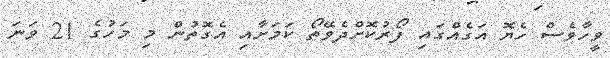
ވީހާވެސް ހެޔޮ އަގެއްގައި ފޯރުކޮށްދެވޭތޯ ކަމަށާއި އެގޮތުން މި މަހުގެ 21 ވަނަ